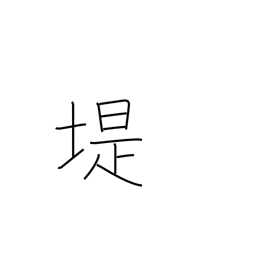
Meaning: embankment